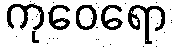
ကုဝေရော